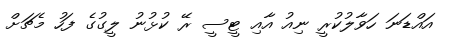
އައްޑަނަ ހަވާލުކުރީ ނިއު އާއި ޓީސީ ރޭ ކުޅުނު ލީގުގެ ފަހު މެޗަށް